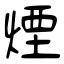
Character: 煙